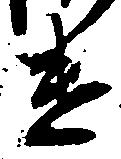
け